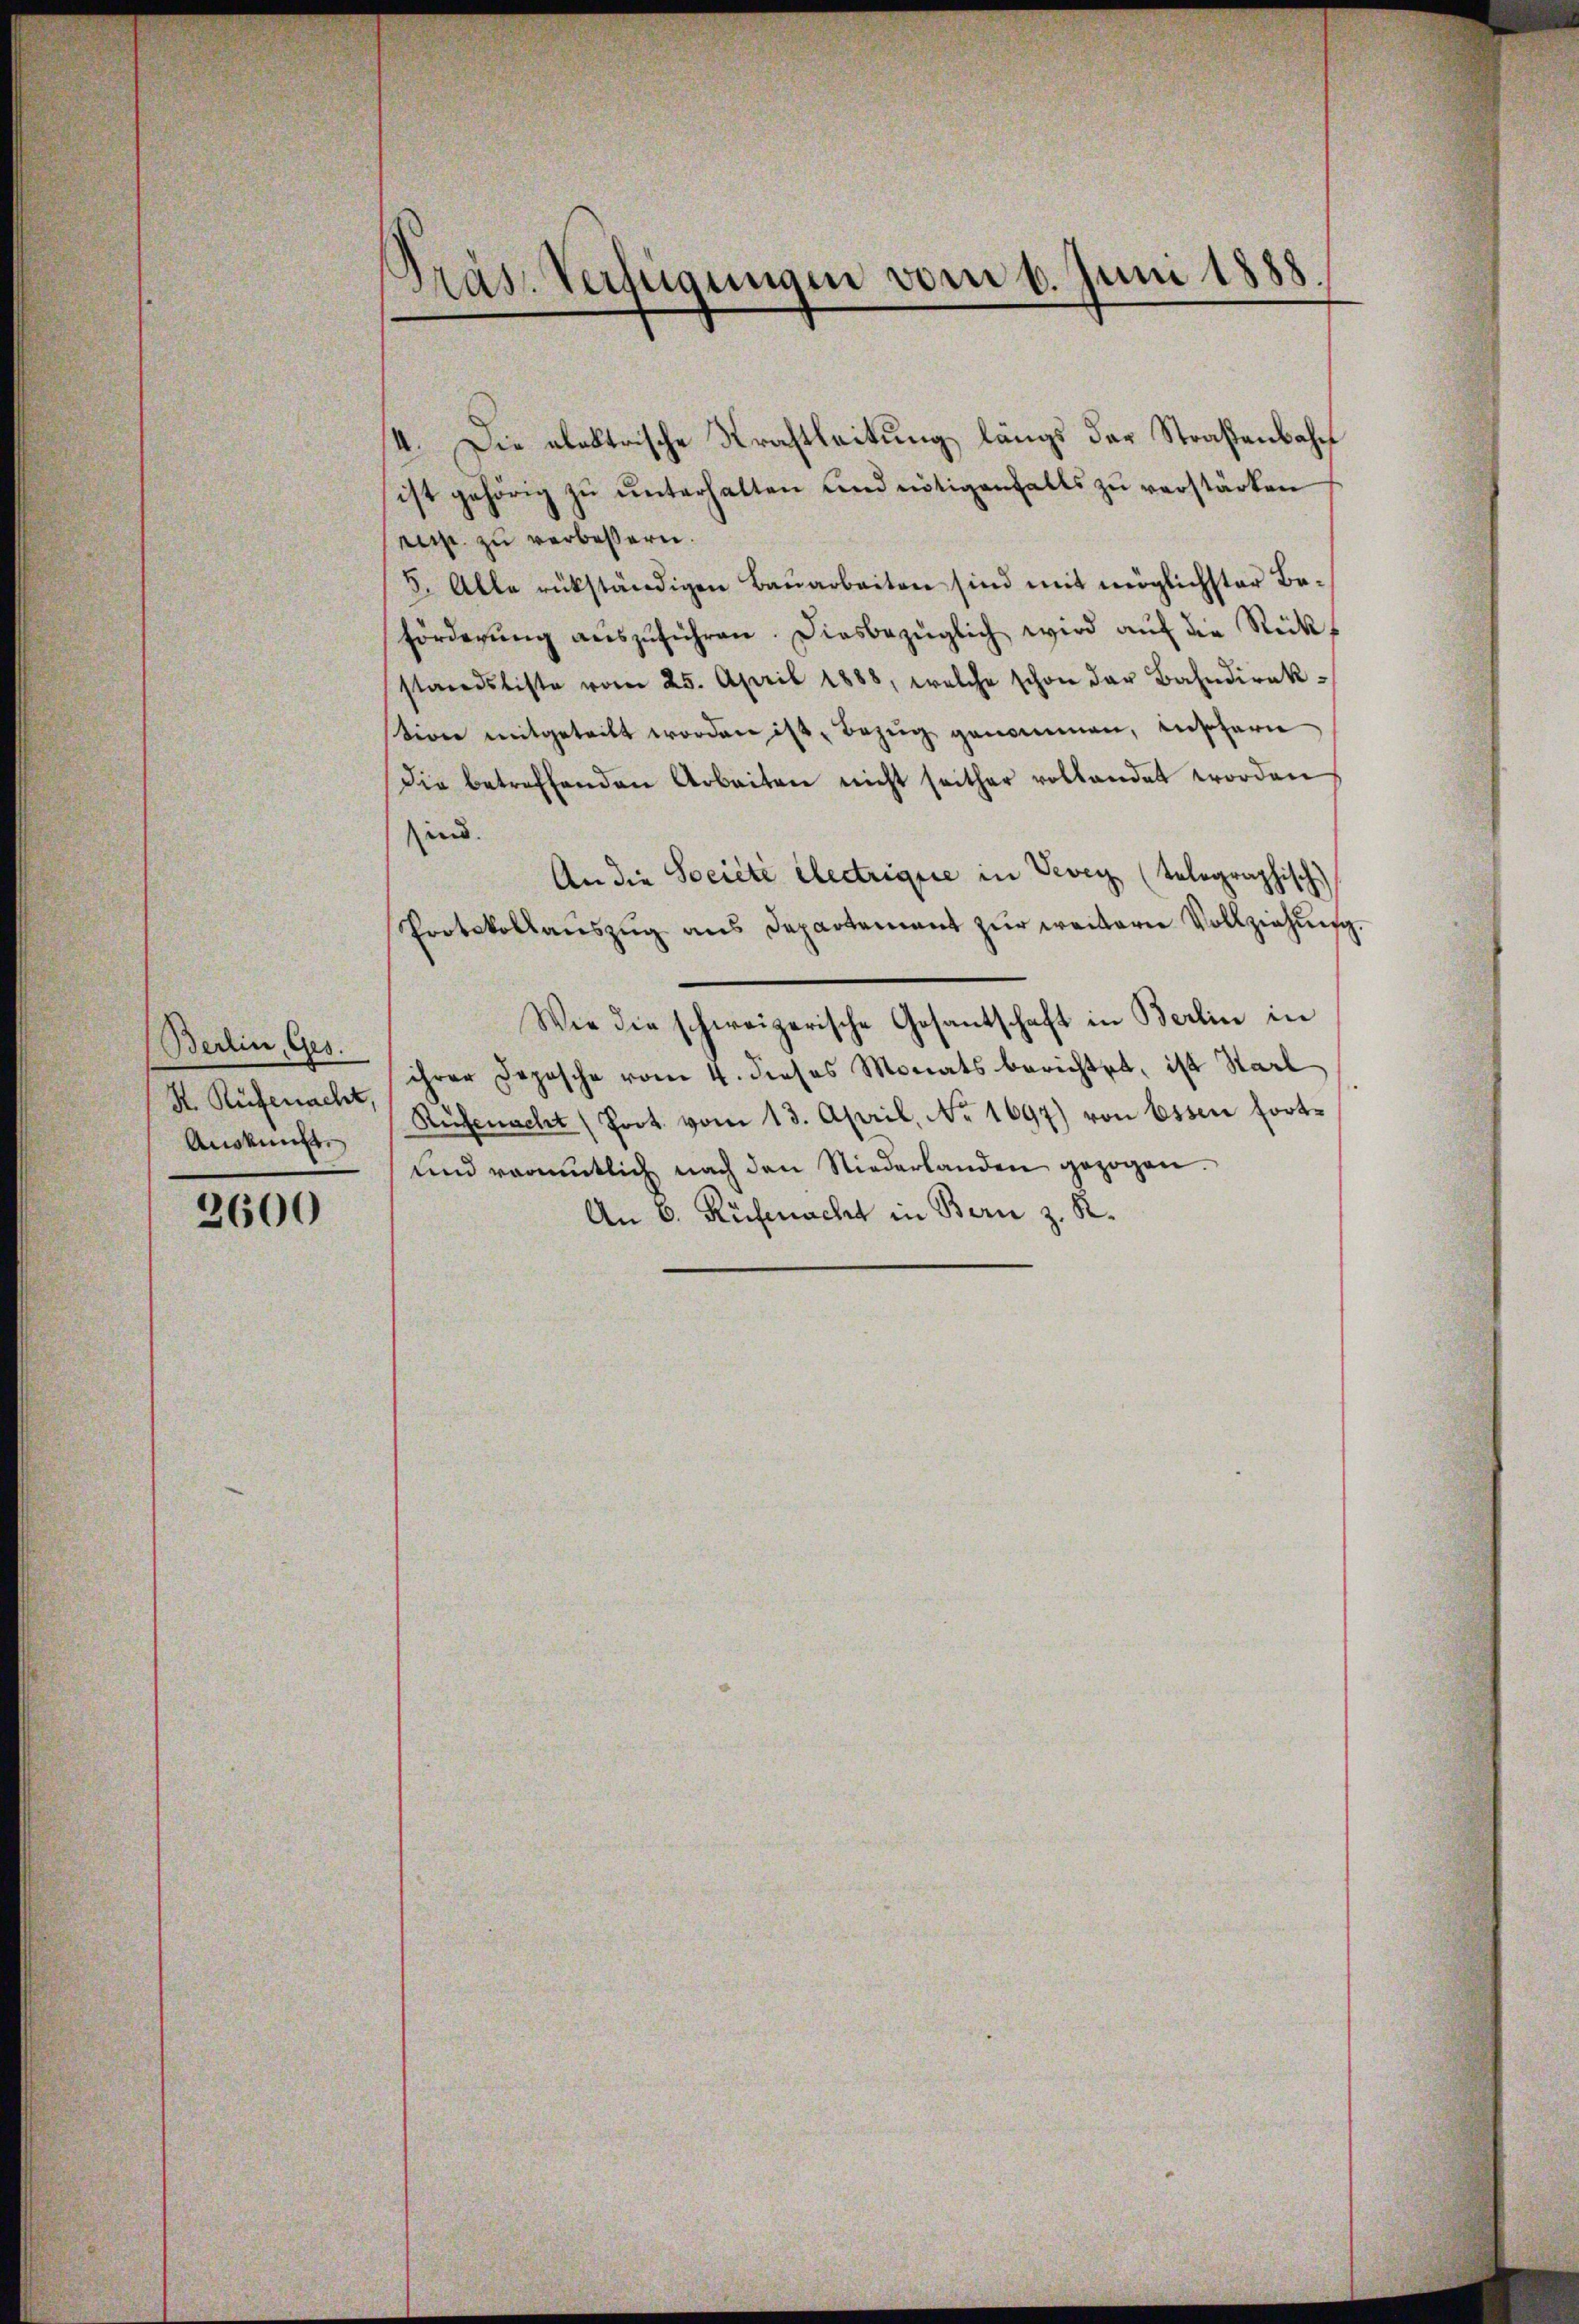
Berlin, Ges.
Auskunft

2600

Präs. Verfügungen vom 6. Juni 1888.

4. Die alektrische Krachtleitung längs das Straßenbahn
ist gehörig zu unterhalten und nötigenfalls zu verstärken
resp. zu verbeßern.
5. Alle rükständigen Bauarbeiten sind mit möglichster Beförderŭng aŭszŭführen. Diesbezüglich wird aŭf die Rückstandsliste vom 25. April 1888, welche schon der Bahndirek-
tion mitgeteilt worden ist, Bezŭg genommen, insofern
Die betreffenden Arbeiten nicht seither vollandet worden
sind.
An die Société électrique in Vevey (telegraphisch
Protokollaŭszŭg ans Departement zŭr weitern Vollziehŭng.
Wie die schweizerische Gesantschaft in Berlin in
S. Rüfenacht, ihrer Depesche vom 4. dieses Monats berichtet, ist Starl
Rüfenacht (Poort vom 13. April, No 1697) von Essen fort¬
und romentlich nach den Niederlanden gezogen.
An 6. Rüfenacht in Bern z. R.